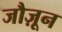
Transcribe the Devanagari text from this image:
जौज़ून